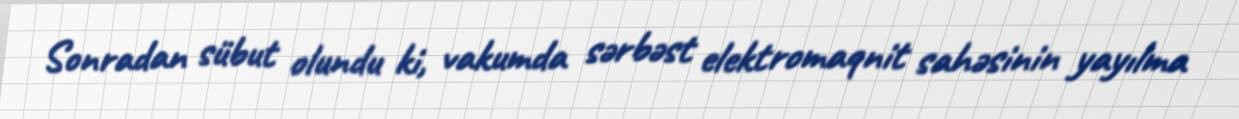
Sonradan sübut olundu ki, vakumda sərbəst elektromaqnit sahəsinin yayılma